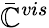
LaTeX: \bar{\mathbb{C}}^{vis}